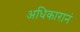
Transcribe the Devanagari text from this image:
अधिकारानं